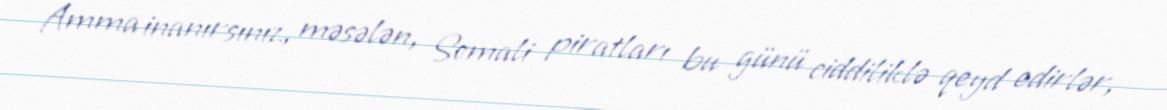
Amma inanırsınız, məsələn, Somali piratları bu günü ciddiliklə qeyd edirlər,